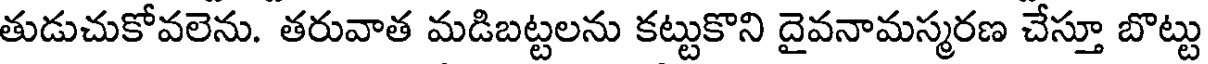
తుడుచుకోవలెను. తరువాత మడిబట్టలను కట్టుకొని దైవనామస్మరణ చేస్తూ బొట్టు